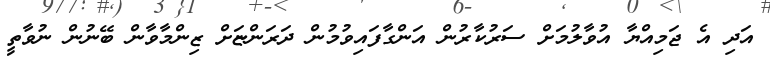
އަދި އެ ޖަމިއްޔާ އުވާލުމަށް ސަރުކާރުން އަންގާފައިވުމުން ދަރަންޏަށް ޒިންމާވާން ބޭނުން ނުވާތީ